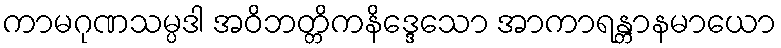
ကာမဂုဏသမ္ပဒါ အဝိဘတ္တိကနိဒ္ဒေသော အာကာရန္တာနမာယော